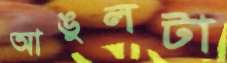
আঙুলটা